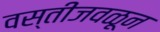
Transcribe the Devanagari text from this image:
वस्तीजवळून